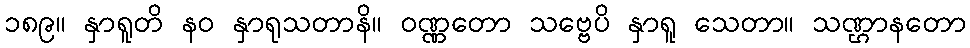
၁၈၉။ နှာရူတိ နဝ နှာရုသတာနိ။ ဝဏ္ဏတော သဗ္ဗေပိ နှာရူ သေတာ။ သဏ္ဌာနတော